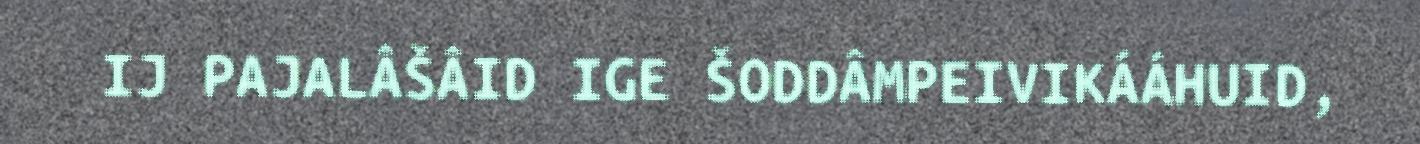
IJ PAJALÂŠÂID IGE ŠODDÂMPEIVIKÁÁHUID,